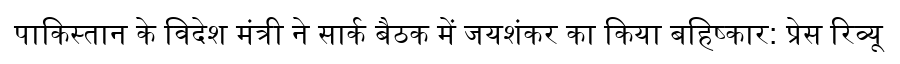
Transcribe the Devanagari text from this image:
पाकिस्तान के विदेश मंत्री ने सार्क बैठक में जयशंकर का किया बहिष्कार: प्रेस रिव्यू